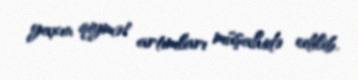
yaxın qiymət artımları müşahidə edilib.